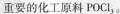
重要的化工原料POCl_{3}。